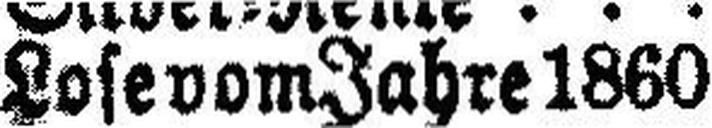
Lose vom Jahre 1860